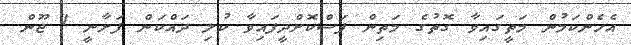
އެހެންކަމުން މަތީގައިވާ ގޮތުގެ މަތިން ފަސްކޮށްދީފައިވާ ކުލި ދައްކަން ފަށާނީ 1 ޖޫން